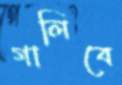
গালিবে